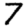
Digit: 7